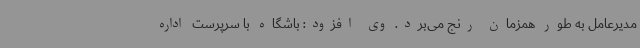
مدیرعامل به طور همزمان رنج می‌برد. وی افزود: باشگاه با سرپرست اداره